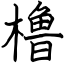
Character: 橹